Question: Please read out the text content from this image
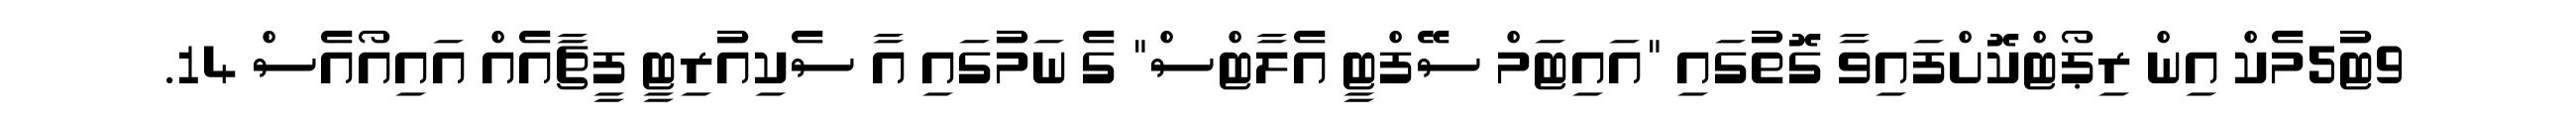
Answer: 9ޓު5މެކް އިން ރިޕޯޓްކޮށްފައިވާ ގޮތުގައި "އައިޓަމް ސޭފްޓީ އެލާޓްސް" ގެ ނަމުގައި އާ ސެކިއުރިޓީ ފީޗާއެއް އައިއޯއެސް 14.